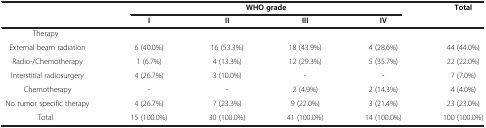
<table><thead><tr><td rowspan="2"><b> </b></td><td colspan="4"><b>WHO grade</b></td><td rowspan="2"><b>Total</b></td></tr><tr><td><b>I</b></td><td><b>II</b></td><td><b>III</b></td><td><b>IV</b></td></tr></thead><tbody><tr><td>Therapy</td><td> </td><td> </td><td> </td><td> </td><td> </td></tr><tr><td> External beam radiation</td><td>6 (40.0%)</td><td>16 (53.3%)</td><td>18 (43.9%)</td><td>4 (28.6%)</td><td>44 (44.0%)</td></tr><tr><td> Radio-/Chemotherapy</td><td>1 (6.7%)</td><td>4 (13.3%)</td><td>12 (29.3%)</td><td>5 (35.7%)</td><td>22 (22.0%)</td></tr><tr><td> Interstitial radiosurgery</td><td>4 (26.7%)</td><td>3 (10.0%)</td><td>-</td><td>-</td><td>7 (7.0%)</td></tr><tr><td> Chemotherapy</td><td>-</td><td>-</td><td>2 (4.9%)</td><td>2 (14.3%)</td><td>4 (4.0%)</td></tr><tr><td> No tumor specific therapy</td><td>4 (26.7%)</td><td>7 (23.3%)</td><td>9 (22.0%)</td><td>3 (21.4%)</td><td>23 (23.0%)</td></tr><tr><td>Total</td><td>15 (100.0%)</td><td>30 (100.0%)</td><td>41 (100.0%)</td><td>14 (100.0%)</td><td>100 (100.0%)</td></tr></tbody></table>